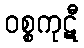
ဝစ္စကုဋီ